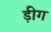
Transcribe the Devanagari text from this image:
ड़ीग